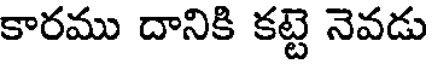
కారము దానికి కట్టె నెవడు